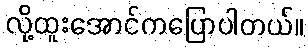
လို့ထူးအောင်ကပြောပါတယ်။